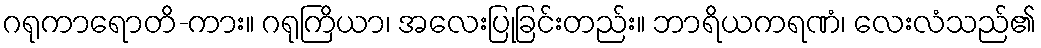
ဂရုကာရောတိ-ကား။ ဂရုကြိယာ၊ အလေးပြုခြင်းတည်း။ ဘာရိယကရဏံ၊ လေးလံသည်၏